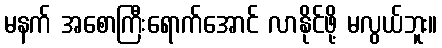
မနက် အစောကြီးရောက်အောင် လာနိုင်ဖို့ မလွယ်ဘူး။